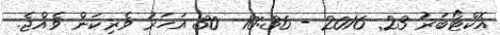
އޮކްޓޯބަރު 23